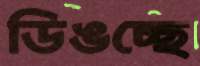
ডিঙচ্ছে